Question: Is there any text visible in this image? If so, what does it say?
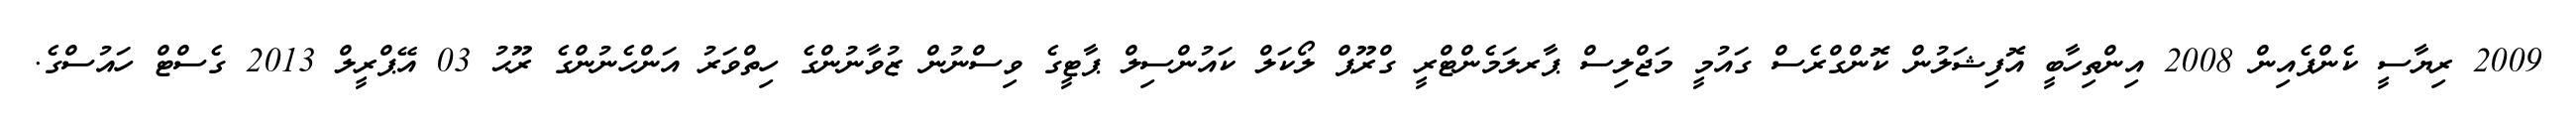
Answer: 2009 ރިޔާސީ ކެންޕެއިން 2008 އިންތިހާބީ އޮފިޝަލުން ކޮންގްރެސް ގައުމީ މަޖްލިސް ޕާރލަމެންޓްރީ ގްރޫޕް ލޯކަލް ކައުންސިލް ޕާޓީގެ ވިސްނުން ޒުވާނުންގެ ހިތްވަރު އަންހެނުންގެ ރޫޙު 03 އޭޕްރީލް 2013 ގެސްޓް ހައުސްގެ.